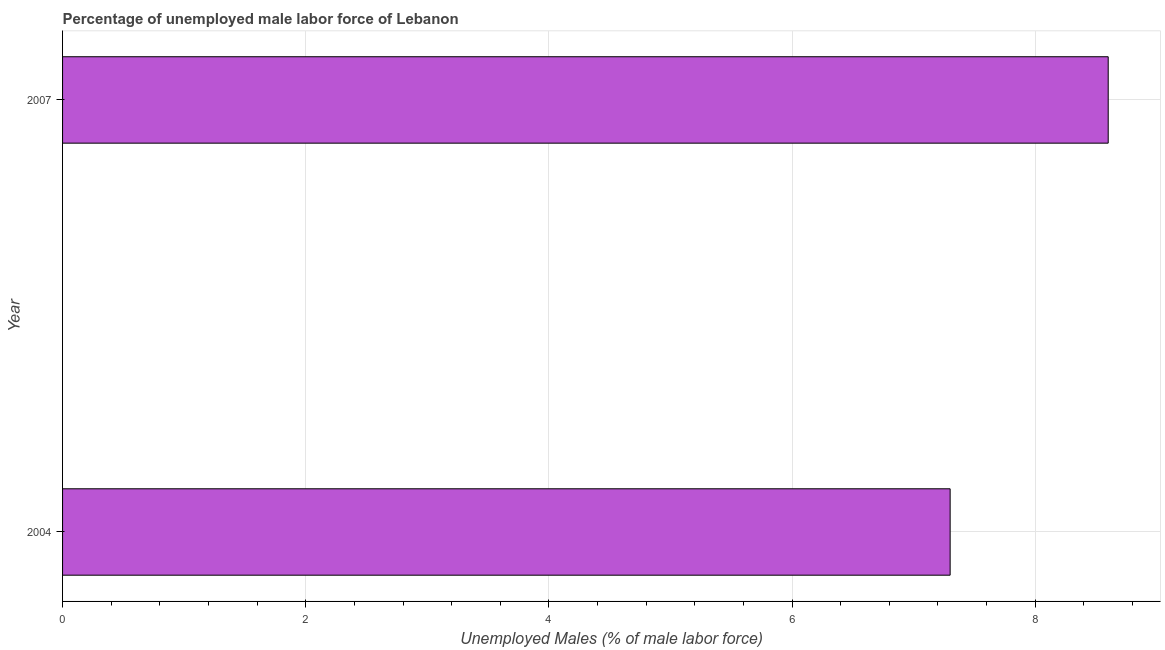
| Year | Unemployment male |
 | --- | --- |
 | 2004 | 7.3 |
 | 2007 | 8.6 |